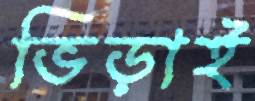
ভিড়াই